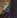
كل